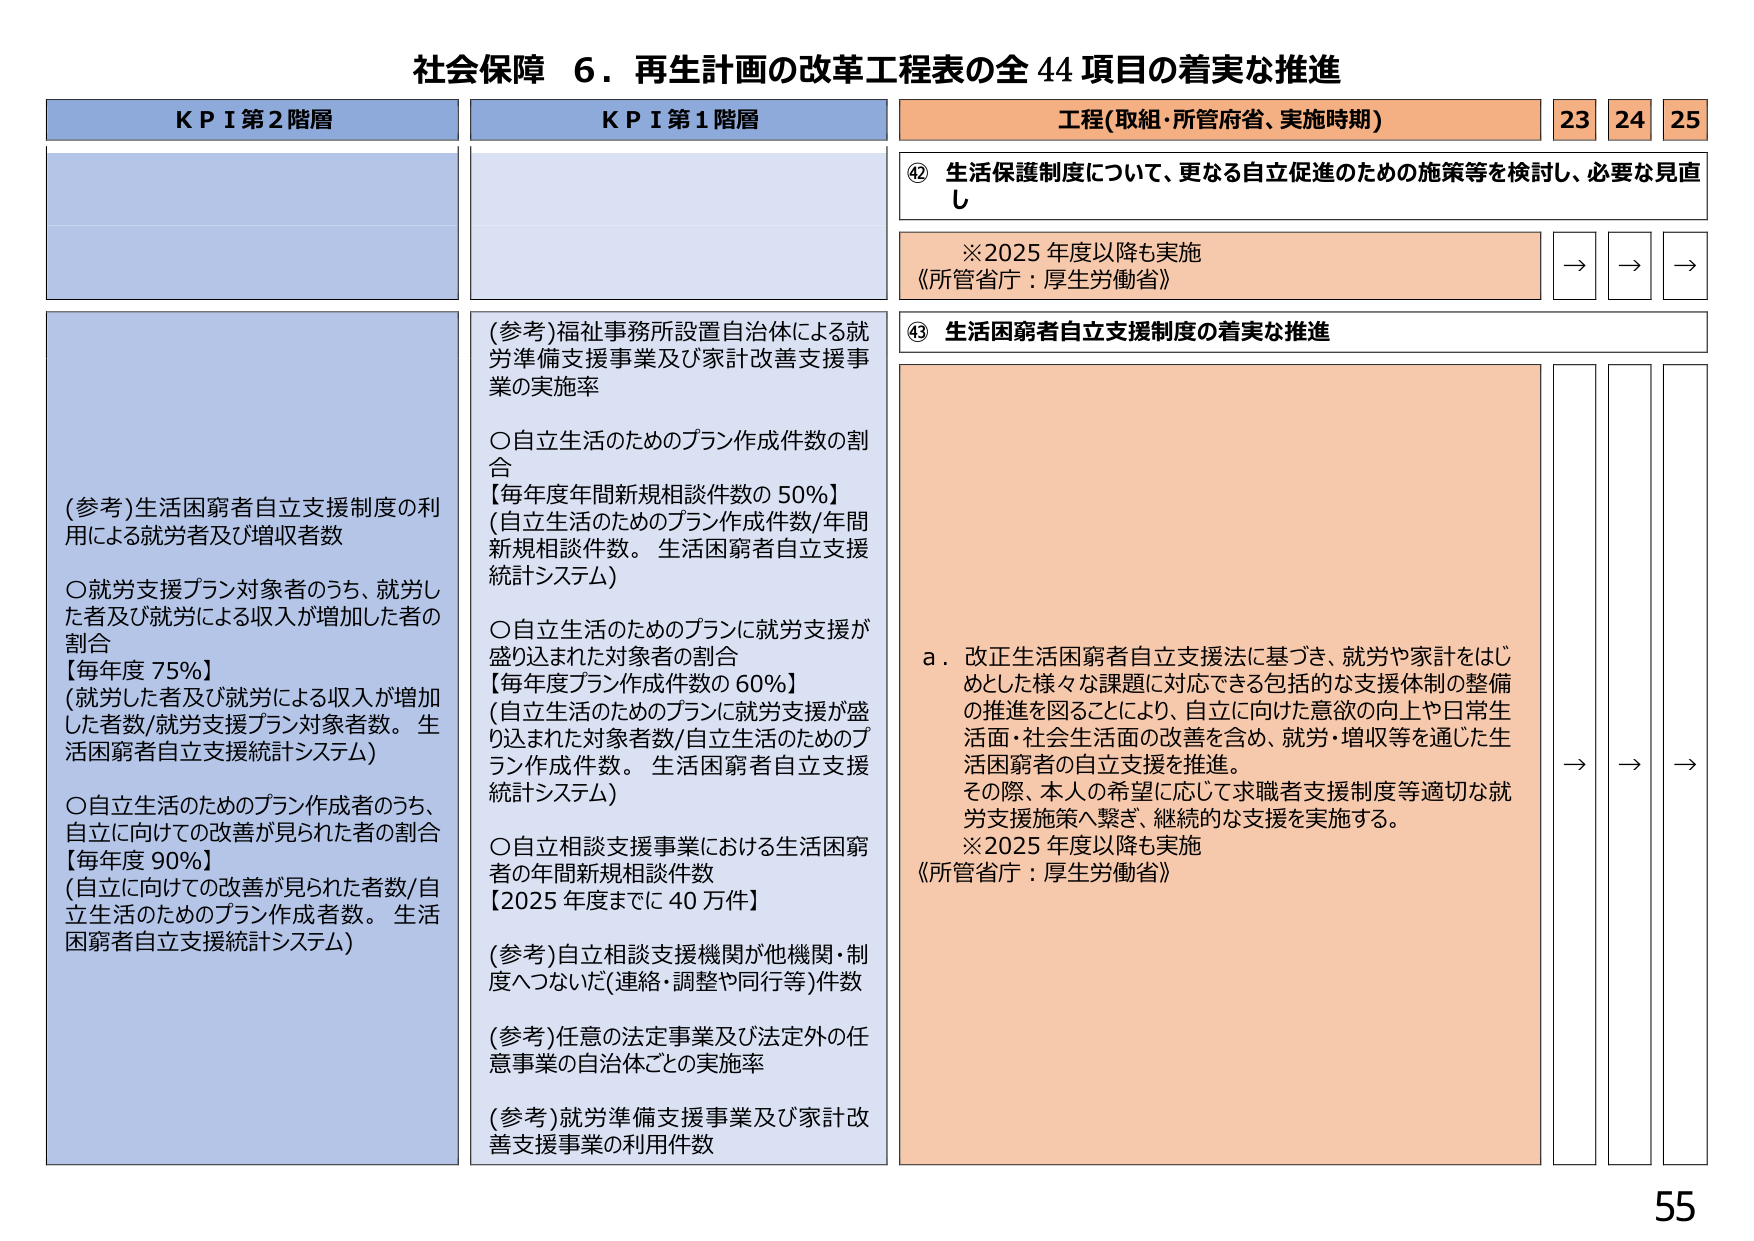
社会保障 6．再生計画の改革工程表の全 44 項目の着実な推進

KPI 第2階層
(参考)生活困窮者自立支援制度の利用による就労者及び増収者数
○就労支援プラン対象者のうち、就労した者及び就労による収入が増加した者の割合
【毎年度 75%】
(就労した者及び就労による収入が増加した者数/就労支援プラン対象者数。生活困窮者自立支援統計システム)
○自立生活のためのプラン作成者のうち、自立に向けた改善が見られた者の割合
【毎年度 90%】
(自立に向けた改善が見られた者数/自立生活のためのプラン作成者数。生活困窮者自立支援統計システム)

KPI 第1階層
(参考)福祉事務所設置自治体による就労準備支援事業及び家計改善支援事業の実施率
○自立生活のためのプラン作成件数の割合
【毎年度年間新規相談件数の 50%】
(自立生活のためのプラン作成件数/年間新規相談件数。生活困窮者自立支援統計システム)
○自立生活のためのプランに就労支援が盛り込まれた対象者の割合
【毎年度プラン作成件数の 60%】
(自立生活のためのプランに就労支援が盛り込まれた対象者数/自立生活のためのプラン作成件数。生活困窮者自立支援統計システム)
○自立相談支援事業における生活困窮者の年間新規相談件数
【2025年度までに 40万件】
(参考)自立相談支援機関が他機関・制度へつながいだ(連絡・調整や同行等)件数
(参考)任意の法定事業及び法定外の任意事業の自治体ごとの実施率
(参考)就労準備支援事業及び家計改善支援事業の利用件数

工程(取組・所管府省、実施時期) 23 24 25
⑫ 生活保護制度について、更なる自立促進のための施策等を検討し、必要な見直し
※2025年度以降も実施
《所管省庁：厚生労働省》 → → →
⑬ 生活困窮者自立支援制度の着実な推進
a．改正生活困窮者自立支援法に基づき、就労や家計をはじめとした様々な課題に対応できる包括的な支援体制の整備の推進を図ることにより、自立に向けた意欲の向上や日常生活面・社会生活面の改善を含め、就労・増収等を通じた生活困窮者の自立支援を推進。
その際、本人の希望に応じて求職者支援制度等適切な就労支援施策へ繋ぎ、継続的な支援を実施する。
※2025年度以降も実施
《所管省庁：厚生労働省》 → → →

55